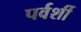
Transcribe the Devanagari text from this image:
पर्वर्शी